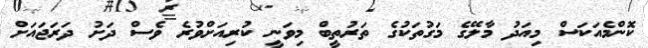
ކޮންމެއަކަސް މިއަދު މާލޭގެ މަގުތަކުގެ ތަރުތީބް މިވަނީ ކުރިއަށްވުރެ ވެސް ދަށު ދަރަޖައަށް